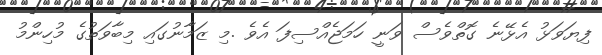
ފިޔަވަޅު އެޅޭނެ ގޮތްވެސް ވަނީ ހަމަޖެއްސިފަ އެވެ .މި ޒަމާނުގައި މިބާވަތުގެ މުހިންމު